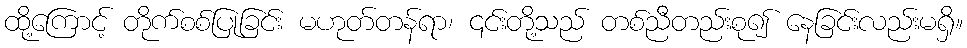
ထို့ကြောင့် တိုက်စစ်ပြုခြင်း မဟုတ်တန်ရာ၊ ၎င်းတို့သည် တစ်ညီတည်းစု၍ နေခြင်းလည်းမရှိ။